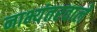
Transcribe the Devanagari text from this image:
नाभ्यंतरवाले